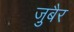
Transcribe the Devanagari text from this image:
जु़बैर